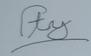
Signature authenticity: forged